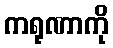
ကရုဏာကို